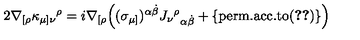
2 \nabla _ { [ \rho } \kappa _ { \mu ] \nu } { } ^ { \rho } = i \nabla _ { [ \rho } \Big ( ( \sigma _ { \mu ] } ) ^ { \alpha \dot { \beta } } J _ { \nu } { } ^ { \rho } { } _ { \alpha \dot { \beta } } + \{ \mathrm { p e r m . a c c . t o ( \ref { e q : k a p p a _ d e f } ) } \} \Big )